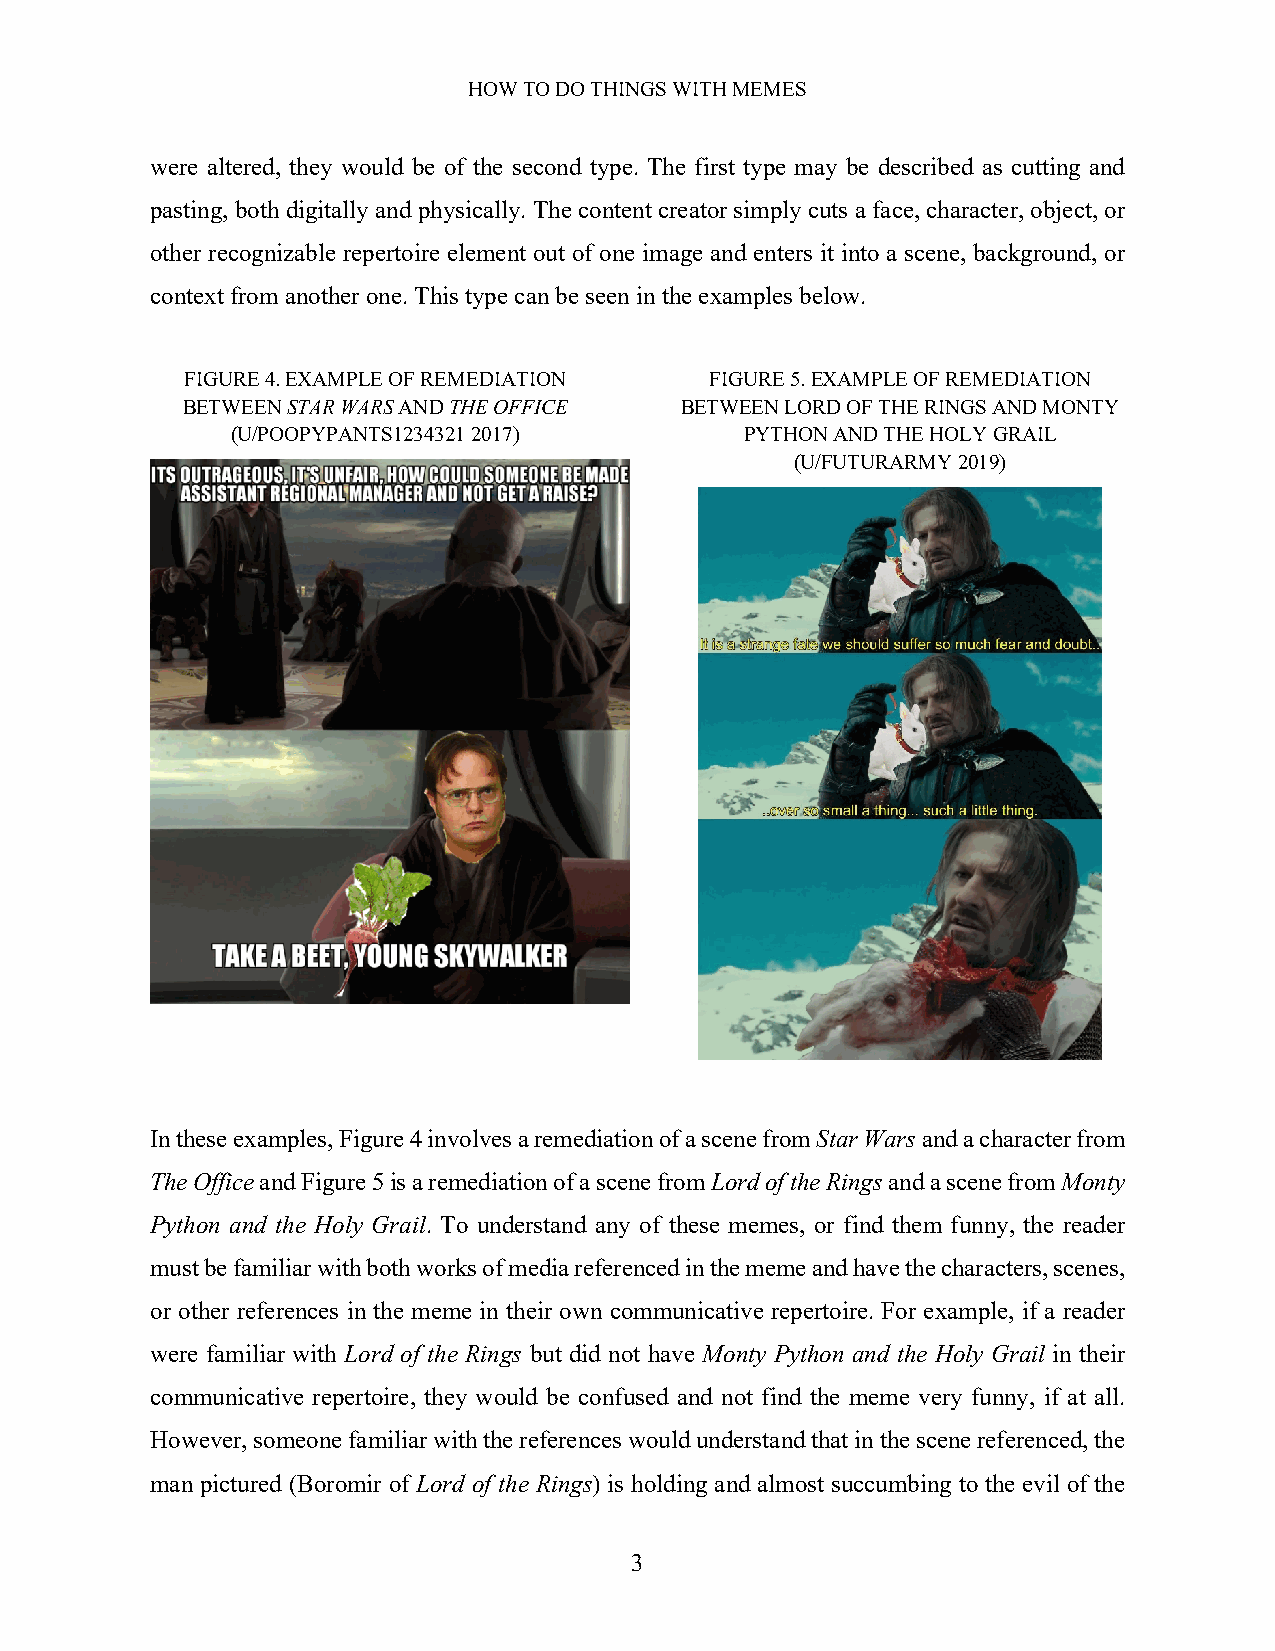
HOW TO DO THINGS WITH MEMES
 were altered, they would be of the second type. The first type may be described as cutting and
 pasting, both digitally and physically. The content creator simply cuts a face, character, object, or
 other recognizable repertoire element out of one image and enters it into a scene, background, or
 context from another one. This type can be seen in the examples below.
 FIGURE 4. EXAMPLE OF REMEDIATION   FIGURE 5. EXAMPLE OF REMEDIATION
 BETWEEN STAR WARS AND THE OFFICE BETWEEN LORD OF THE RINGS AND MONTY
 (U/POOPYPANTS1234321 2017)        PYTHON AND THE HOLY GRAIL
 (U/FUTURARMY 2019)
 In these examples, Figure 4 involves a remediation of a scene from Star Wars and a character from
 The Office and Figure 5 is a remediation of a scene from Lord of the Rings and a scene from Monty
 Python and the Holy Grail. To understand any of these memes, or find them funny, the reader
 must be familiar with both works of media referenced in the meme and have the characters, scenes,
 or other references in the meme in their own communicative repertoire. For example, if a reader
 were familiar with Lord of the Rings but did not have Monty Python and the Holy Grail in their
 communicative repertoire, they would be confused and not find the meme very funny, if at all.
 However, someone familiar with the references would understand that in the scene referenced, the
 man pictured (Boromir of Lord of the Rings) is holding and almost succumbing to the evil of the
 3